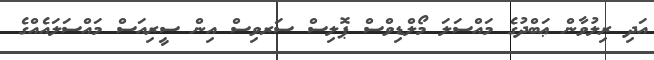
އަދި ރިލުވާން ޢަބްދުގެ މައްސަލަ މޯލްޑިވްސް ޕޮލިސް ސަރވިސް އިން ސީރިއަސް މައްސަލައެއްގެ